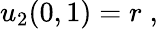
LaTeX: u_{2}(0,1)=r\; ,